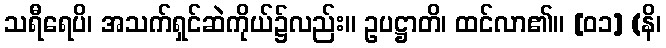
သရီရေပိ၊ အသက်ရှင်ဆဲကိုယ်၌လည်း။ ဥပဋ္ဌာတိ၊ ထင်လာ၏။ [၀၁] (နိ၊